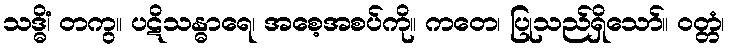
သဒ္ဓိံ၊ တကွ။ ပဋိသန္ဓာရေ၊ အစေ့အစပ်ကို။ ကတေ၊ ပြုသည်ရှိသော်။ ဝတ္တံ၊